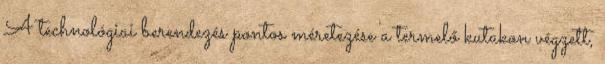
A technológiai berendezés pontos méretezése a termelő kutakon végzett,